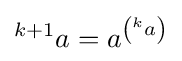
{^{k+1}a}=a^{\left({^{k}a}\right)}